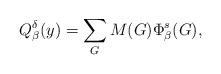
LaTeX: \begin{align*}Q^\delta_\beta(y)=\sum_{G} M(G)\Phi^s_\beta(G),\end{align*}